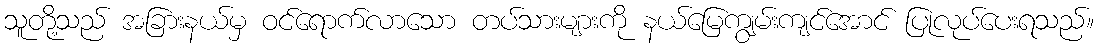
သူတို့သည် အခြားနယ်မှ ဝင်ရောက်လာသော တပ်သားများကို နယ်မြေကျွမ်းကျင်အောင် ပြုလုပ်ပေးရသည်။